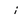
Character: i